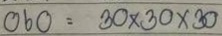
060 = 30 x 30 x30